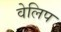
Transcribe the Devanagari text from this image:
वेलिप